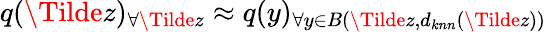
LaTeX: q(\Tilde{z})_{\forall\Tilde{z}}\approx q(y)_{\forall y\in B(\Tilde{z},d_{knn}(\Tilde{z}))}